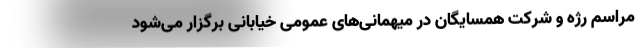
مراسم رژه و شرکت همسایگان در میهمانی‌های‌ عمومی خیابانی برگزار می‌شود‌